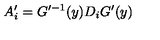
A _ { i } ^ { \prime } = G ^ { \prime - 1 } ( y ) D _ { i } G ^ { \prime } ( y )